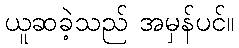
ယူဆခဲ့သည် အမှန်ပင်။